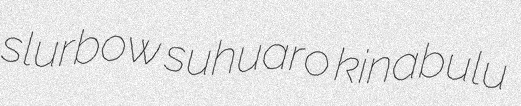
slurbow suhuaro kinabulu